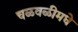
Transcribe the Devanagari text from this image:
चळवळीमधे